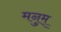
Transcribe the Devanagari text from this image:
मनुम्‌